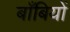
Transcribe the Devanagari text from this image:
बाँबियों